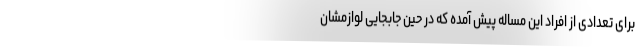
برای تعدادی از افراد این مساله پیش آمده که در حین جابجایی لوازمشان